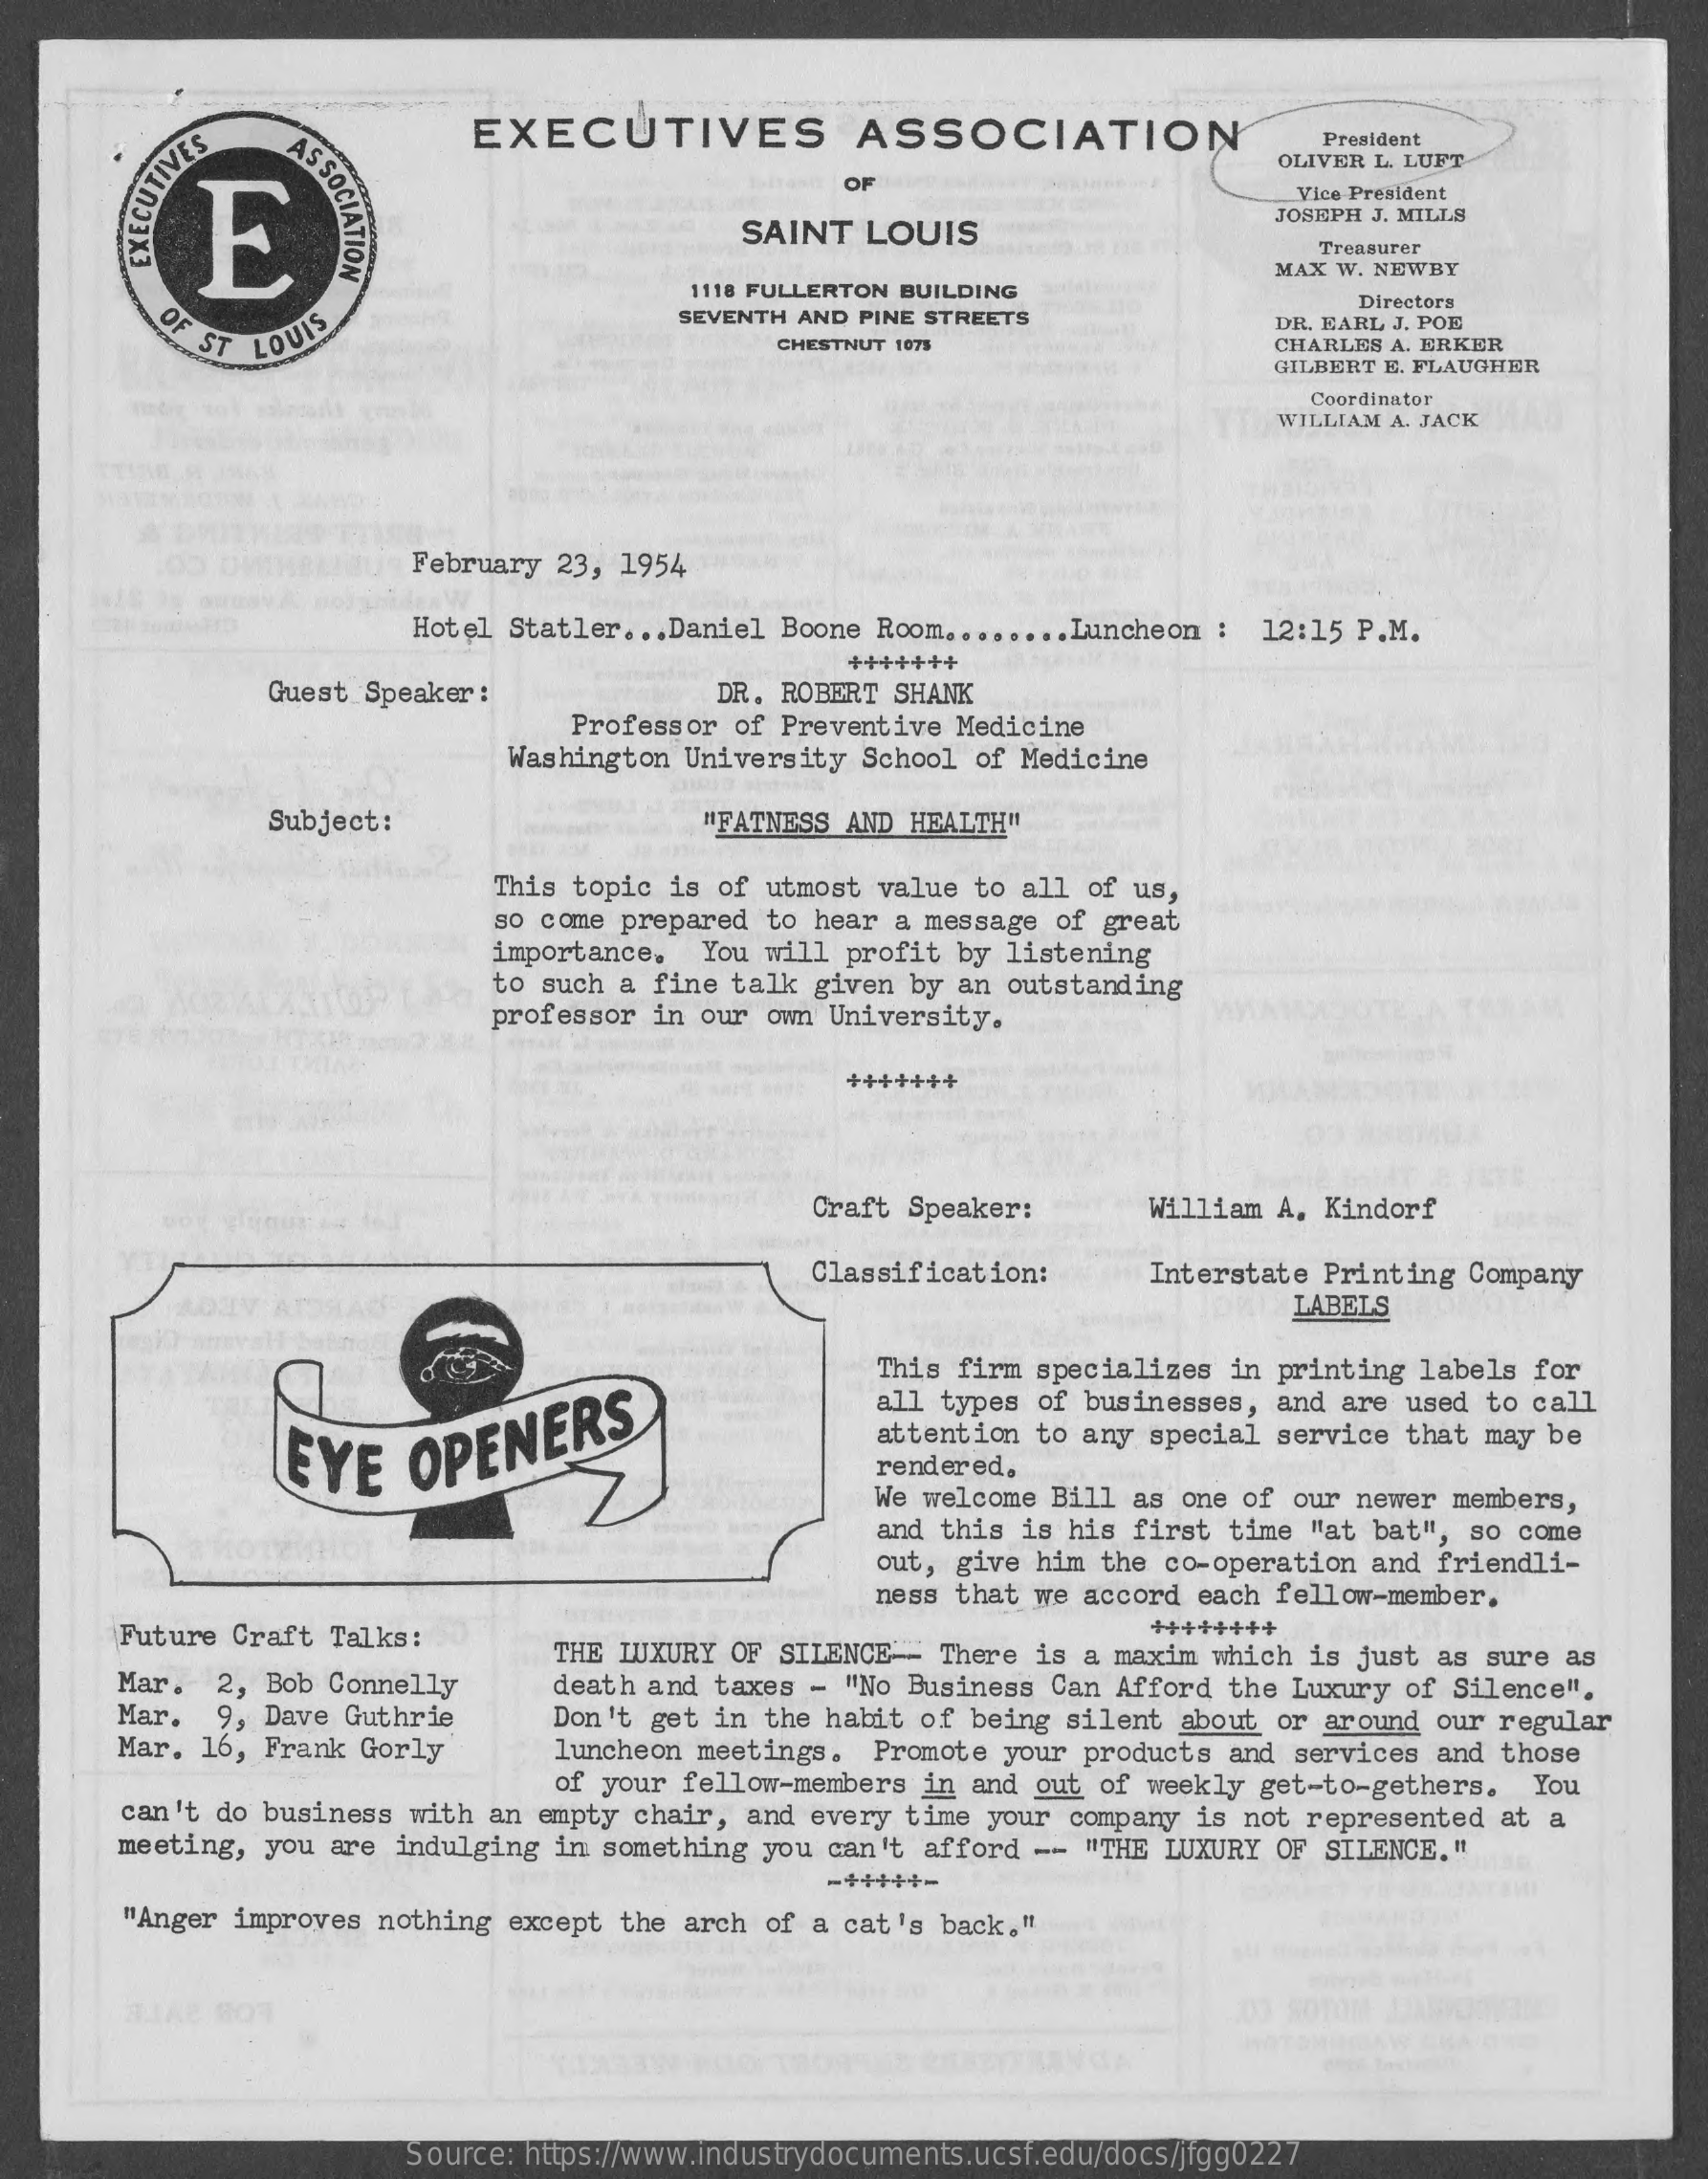
EXECUTIVES    ASSOCIATION
     ASSOCIATION
     President
     OLIVER L. LUFT CUTIVES
     E
     OF
     Vice President
     SAINT LOUIS
     JOSEPH J. MILLS
     Treasurer
     1118 FULLERTON BUILDING
     MAX W. NEWBY
     OF ST LOUIS
     SEVENTH AND PINE STREETS
     Directors
     DR. EARL J. POE
     CHESTNUT 1075    CHARLES A. ERKER
     GILBERT E. FLAUGHER
     Coordinator
     WILLIAM A. JACK
     February 23, 1954
     Hotel Statler ... Daniel Boone Room ........ Luncheon : 12:15 P.M.
     +++++++
     Guest Speaker :    DR. ROBERT SHANK
     Professor of Preventive Medicine
     Washington University School of Medicine
     Subject :    "FATNESS AND HEALTH"
     This topic is of utmost value to all of us,
     so come prepared to hear a message of great
     importance, You will profit by listening
     to such a fine talk given by an outstanding
     professor in our own University.
     +++++++
     Craft Speaker:   William A. Kindorf
     Classification:  Interstate Printing Company
     LABELS
     This firm specializes in printing labels for
     all types of businesses, and are used to call
     EYE   OPENERS    attention to any special service that may be
     rendered.
     We welcome Bill as one of our newer members,
     and this is his first time "at bat", so come
     out, give him the co-operation and friendli-
     ness that we accord each fellow-member.
     Future Craft Talks:
     THE LUXURY OF SILENCE - There is a maxim which is just as sure as
     ++++++++
     Mar. 2, Bob Connelly   death and taxes - "No Business Can Afford the Luxury of Silence".
     Mar. 9, Dave Guthrie
     Mar. 16, Frank Gorly
     Don't get in the habit of being silent about or around our regular
     luncheon meetings. Promote your products and services and those
     of your fellow-members in and out of weekly get-to-gethers. You
     can't do business with an empty chair, and every time your company is not represented at a
     meeting, you are indulging in something you can't afford -- "THE LUXURY OF SILENCE. "
     -+++++-
     "Anger improves nothing except the arch of a cat's back."
     Source: https://www.industrydocuments.ucsf.edu/docs/jfgg0227